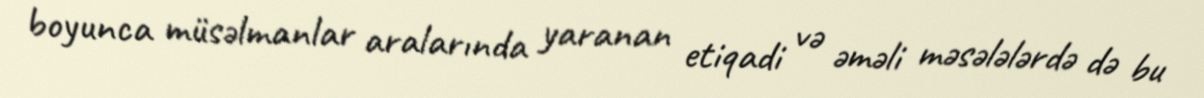
boyunca müsəlmanlar aralarında yaranan etiqadi və əməli məsələlərdə də bu